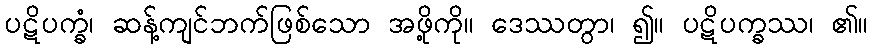
ပဋိပက္ခံ၊ ဆန့်ကျင်ဘက်ဖြစ်သော အဖို့ကို။ ဒေဿတွာ၊ ၍။ ပဋိပက္ခဿ၊ ၏။